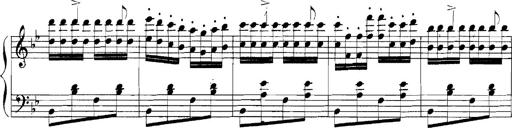
Title: Rhapsodies hongroises
Composer: Franz Liszt